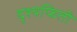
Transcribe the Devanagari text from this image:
दृश्यफिती